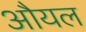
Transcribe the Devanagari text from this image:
औयल